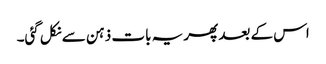
اس کے بعد پھر یہ بات ذہن سے نکل گئی۔